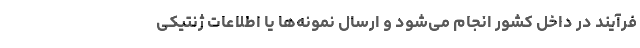
فرآیند در داخل كشور انجام می‌شود و ارسال نمونه‌ها یا اطلاعات ژنتیكی